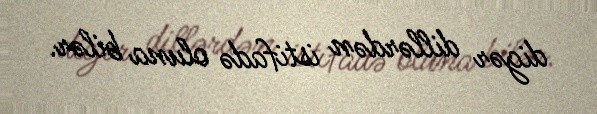
digər dillərdən istifadə oluna bilər.